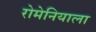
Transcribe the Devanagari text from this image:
रोमेनियाला